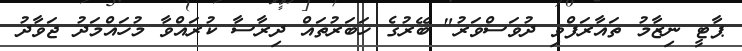
ޕާޓީ ނިޒާމު ތައާރަފްވި ދުވަސްވަރު" ބޭރުގެ ހަބަރުތައް ދިރާސާ ކުރައްވާ މުހައްމަދު ޖަވާދު